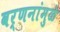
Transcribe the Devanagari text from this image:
वर्णनांमुळे